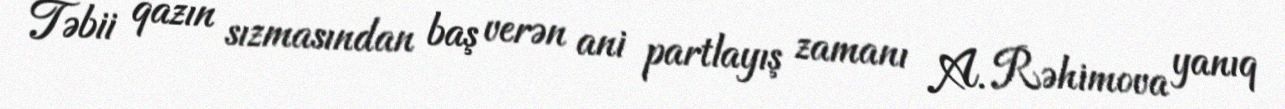
Təbii qazın sızmasından baş verən ani partlayış zamanı A. Rəhimova yanıq